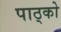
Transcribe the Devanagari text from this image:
पाठ्को